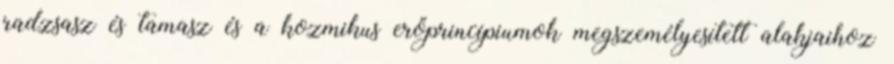
radzsasz és tamasz és a kozmikus erőprincípiumok megszemélyesített alakjaihoz